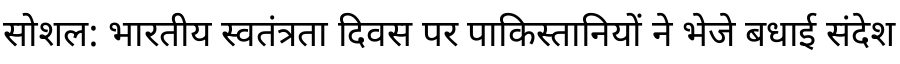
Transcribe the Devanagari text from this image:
सोशल: भारतीय स्वतंत्रता दिवस पर पाकिस्तानियों ने भेजे बधाई संदेश